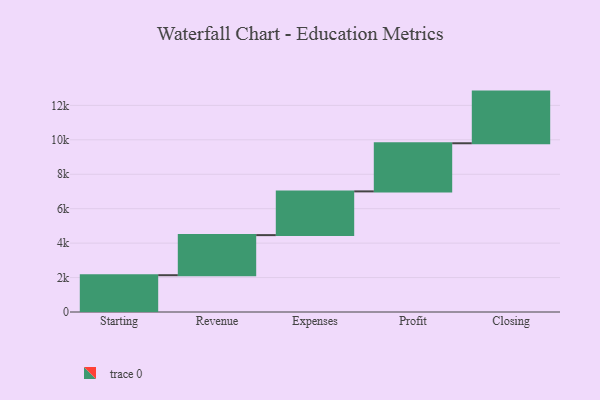
{"axis": {"x": "Step", "y": "Value"}, "legend": [""], "data": [{"x": "Starting", "y": 2137.0, "type": ""}, {"x": "Revenue", "y": 2328.0, "type": ""}, {"x": "Expenses", "y": 2540.0, "type": ""}, {"x": "Profit", "y": 2795.0, "type": ""}, {"x": "Closing", "y": 3000, "type": ""}]}